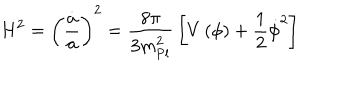
H ^ { 2 } = \left( { \frac { \dot { a } } { a } } \right) ^ { 2 } = { \frac { 8 \pi } { 3 m _ { \mathrm { P l } } ^ { 2 } } } \left[ V \left( \phi \right) + { \frac { 1 } { 2 } } \dot { \phi } ^ { 2 } \right]